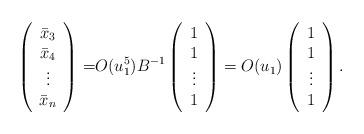
LaTeX: \begin{align*}\left(\begin{array}{c}\bar{x}_{3}\\\bar{x}_{4}\\\vdots \\\bar{x}_{n}\end{array}\right)=& O(u_1^5)B^{-1}\left(\begin{array}{c}1\\1\\\vdots\\1\end{array}\right)=O(u_1)\left(\begin{array}{c}1\\1\\\vdots\\1\end{array}\right).\end{align*}